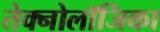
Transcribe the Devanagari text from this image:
तेक्नोलॉजिका